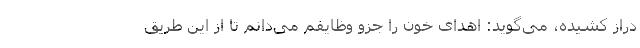
دراز کشیده، می‌گوید: اهدای خون را جزو وظایفم می‌دانم تا از این طریق